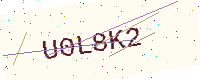
Text: U0L8K2